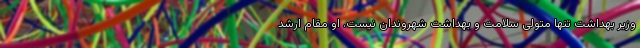
وزیر بهداشت تنها متولی سلامت و بهداشت شهروندان نیست. او مقام ارشد